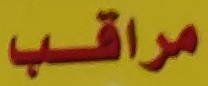
مراقب